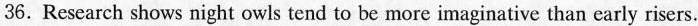
36. Research shows night owls tend to be more imaginative than early risers.